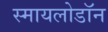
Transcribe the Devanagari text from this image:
स्मायलोडॉन